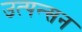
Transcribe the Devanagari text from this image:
उत्पन्सन